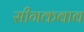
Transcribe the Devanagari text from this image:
सीगकबाब